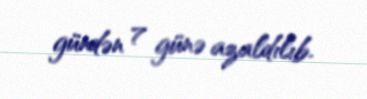
gündən 7 günə azaldılıb.